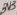
Text: 3V3